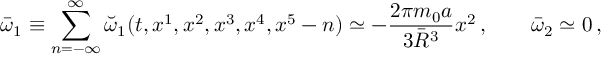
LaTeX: \bar { \omega } _ { 1 } \equiv \sum _ { n = - \infty } ^ { \infty } \breve { \omega } _ { 1 } ( t , x ^ { 1 } , x ^ { 2 } , x ^ { 3 } , x ^ { 4 } , x ^ { 5 } - n ) \simeq - { \frac { 2 \pi m _ { 0 } a } { 3 \bar { R } ^ { 3 } } } x ^ { 2 } \, , \qquad \bar { \omega } _ { 2 } \simeq 0 \, ,